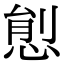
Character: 𢛋